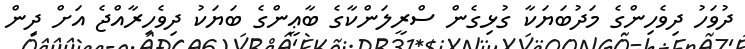
ދުވަހު ދިވެހިންގެ މަދުބަޔަކާ ގުޅިގެން ސްރީލަންކާގެ ބާޢީންގެ ބަޔަކު ދިވެހިރާއްޖެ އަށް ދިން